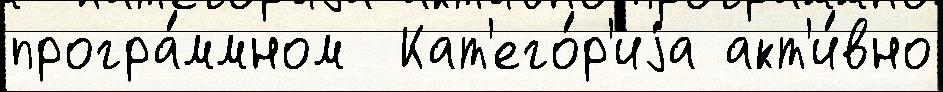
програ́ммном  Кат'его́р'иjа акт'и́вно